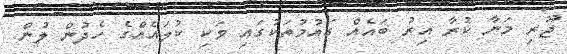
ޖޫރި މަނާ ކުރާ އިރު ބައެއް ގައުމުތަކުގައި ވަކި ކުލައެއްގެ ހެދުން ލުން